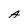
Character: A